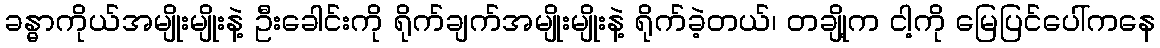
ခန္ဓာကိုယ်အမျိုးမျိုးနဲ့ ဦးခေါင်းကို ရိုက်ချက်အမျိုးမျိုးနဲ့ ရိုက်ခဲ့တယ်၊ တချို့က ငါ့ကို မြေပြင်ပေါ်ကနေ